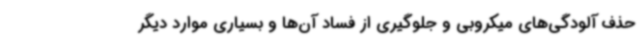
حذف آلودگی‌های میکروبی و جلوگیری از فساد آن‌ها و بسیاری موارد دیگر